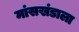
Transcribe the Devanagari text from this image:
मांसखंडाला